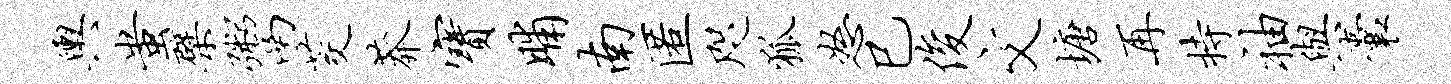
舆蚩檗鬻茭莽宝晡南匿咫狐怒巳俊文塘再持袖与囊